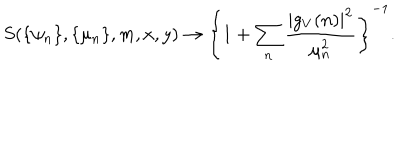
LaTeX: S ( \{ \psi _ { n } \} , \{ \mu _ { n } \} , m , x , y ) \rightarrow \left\{ 1 + \sum _ { n } \frac { | g _ { V } ( n ) | ^ { 2 } } { \mu _ { n } ^ { 2 } } \right\} ^ { - 1 } .